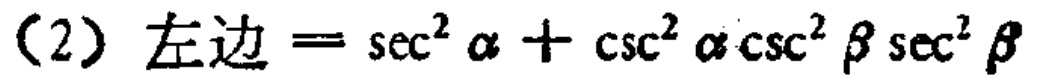
(2) 左边$=\sec^{2}\alpha+\csc^{2}\alpha\csc^{2}\beta\sec^{2}\beta$